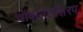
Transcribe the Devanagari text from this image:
चॉकलेटसिरप